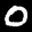
Label: 0